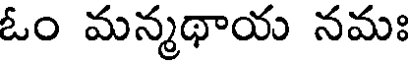
ఓం మన్మథాయ నమః